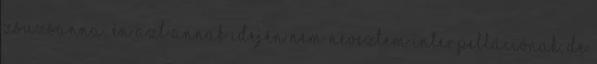
Zsuzsanna: Én azt annak idején nem neveztem interpellációnak, de